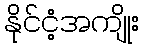
နိုင်ငံ့အကျိုး